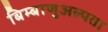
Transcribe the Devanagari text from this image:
बिम्बाणुअल्पता